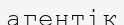
агентік